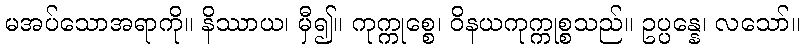
မအပ်သောအရာကို။ နိဿာယ၊ မှီ၍။ ကုက္ကုစ္စေ၊ ဝိနယကုက္ကုစ္စသည်။ ဥပ္ပန္နေ၊ လသော်။